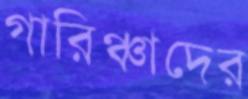
গারিঞ্চাদের